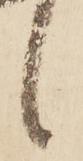
候